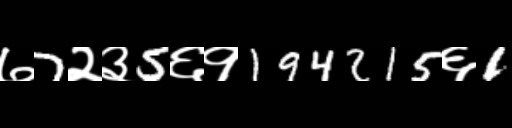
Text: ७7२३5६१194215६1